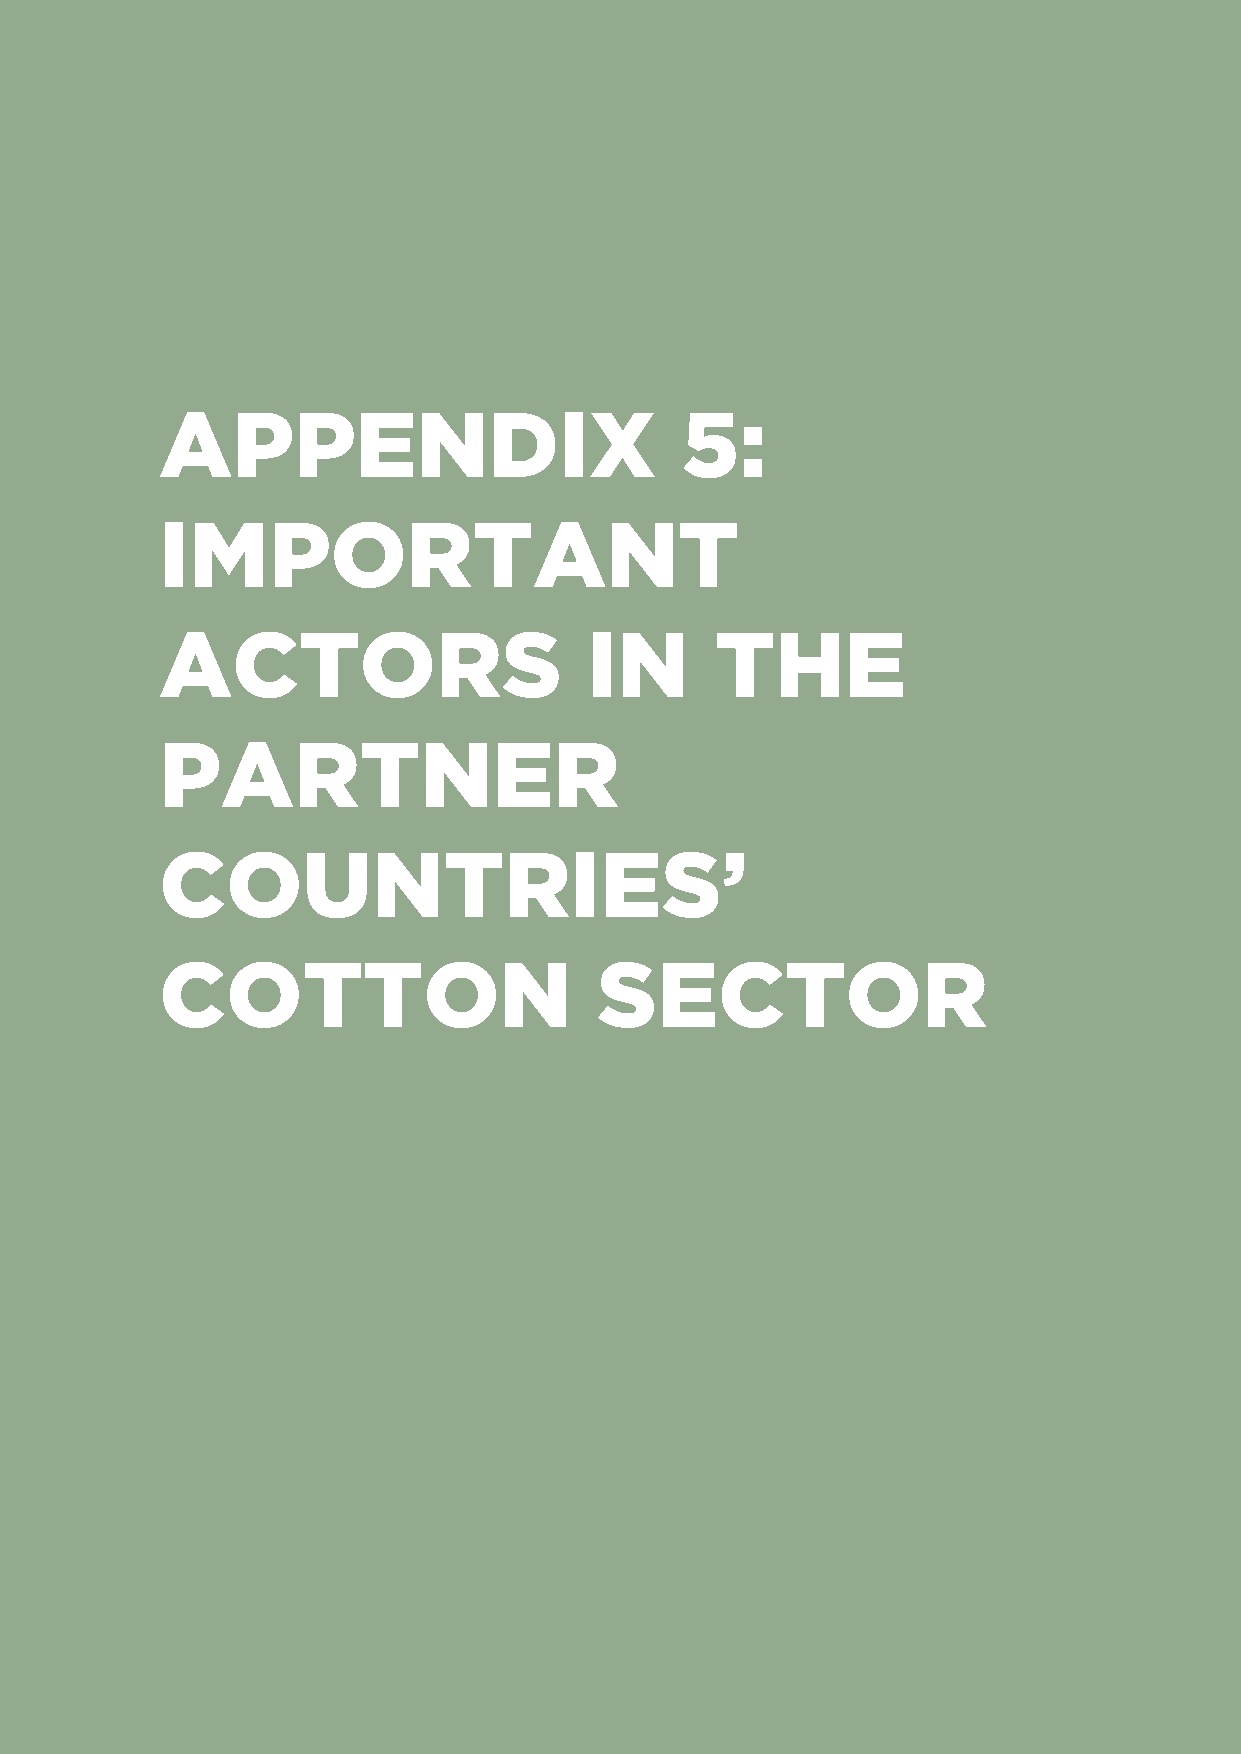
APPENDIX                          5:
 IMPORTANT
 ACTORS                      IN      THE
 PARTNER
 COUNTRIES’
 COTTON                       SECTOR